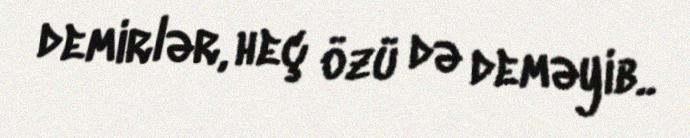
demirlər, heç özü də deməyib..